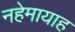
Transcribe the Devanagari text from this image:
नहेमायाह